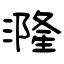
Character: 漋